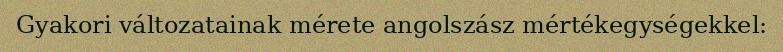
Gyakori változatainak mérete angolszász mértékegységekkel: